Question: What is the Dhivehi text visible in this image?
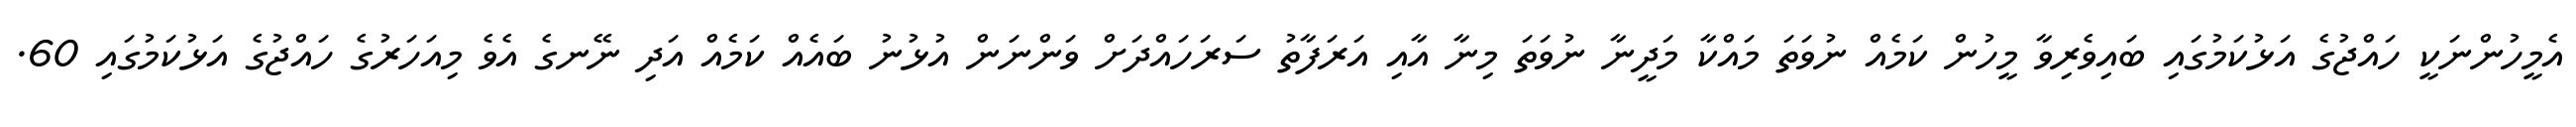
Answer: އެމީހުންނަކީ ހައްޖުގެ އަޅުކަމުގައި ބައިވެރިވާ މީހުން ކަމެއް ނުވަތަ މައްކާ މަދީނާ ނުވަތަ މިނާ އާއި އަރަފާތު ސަރަހައްދަށް ވަންނަން އުޅުނު ބައެއް ކަމެއް އަދި ނޭނގެ އެވެ މިއަހަރުގެ ހައްޖުގެ އަޅުކަމުގައި 60.